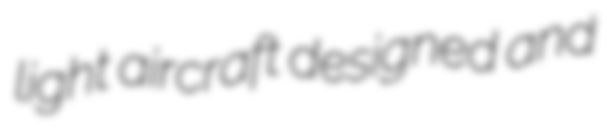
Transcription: light aircraft designed and